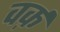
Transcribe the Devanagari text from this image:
वर्क़